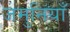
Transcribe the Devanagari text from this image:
जमुनियाँ